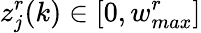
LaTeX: z_{j}^{r}(k)\in[0,w_{max}^{r}]